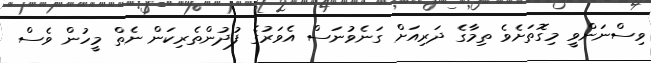
ވިސްނަންވީ މިގޮތަށެވެ ތިމާގެ ދަރިއަށް ގަނެވުނަސް އެވަރުގެ ފުދުންތެރިކަން ނެތް މީހުން ވެސް